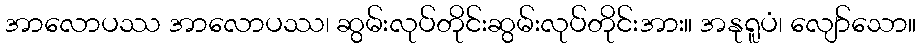
အာလောပဿ အာလောပဿ၊ ဆွမ်းလုပ်တိုင်းဆွမ်းလုပ်တိုင်းအား။ အနုရူပံ၊ လျော်သော။